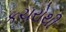
કચરોથી